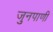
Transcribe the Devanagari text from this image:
जुनपाणी